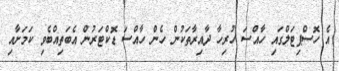
އެ ހޮސްޕިޓަލްގައި ހާއްސަ ހުރިހާ ދާއިރާތަކުން ހެން ހާއްސަ ޑޮކްޓަރުން އެބަތިއްބެވި ކަމަށާއި